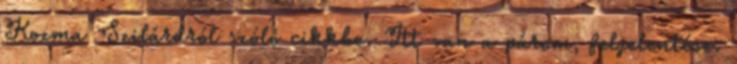
Kozma Szilárdról szóló cikkbe. Itt van a párom, feljelentése.